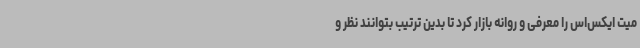
میت ایکس‌اس را معرفی و روانه بازار کرد تا بدین ترتیب بتوانند نظر و